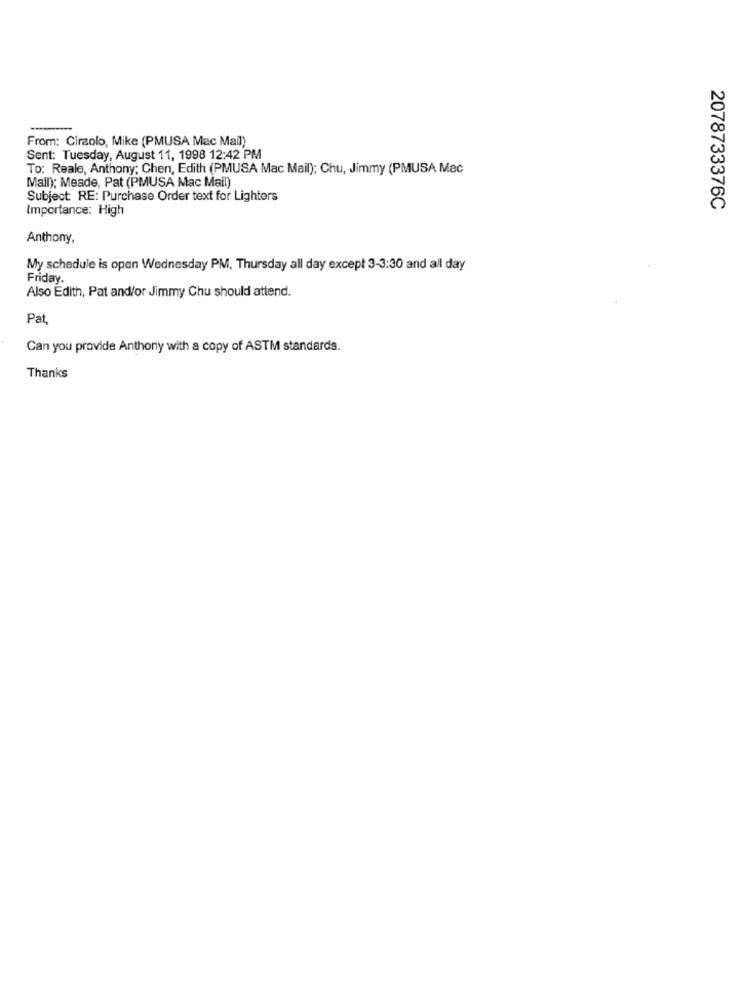
-
From: Cirzolo, Mike (PMUSA Mac Mail)
Sent: Tuesday, August 11, 1998 12:42 PM
To: Reale, Anthony; Chen, Edith (PMUSA Mac Mail); Chu, Jimmy (PMUSA Mac
Mall): Meade, Pat (PMUSA Mac Mail)
Subject: RE: Purchase Order text for Lighters
Importance: High
2078733376C
Anthony,
My schedule is open Wednesday PM, Thursday all day except 3-3:30 and all day
Friday.
Also Edith, Pat and/or Jimmy Chu should attend.
Pat
Can you provide Anthony with a copy of ASTM standards.
Thanks